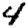
Digit: 4